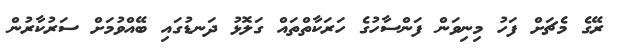
ރޭގެ މެޗަށް ފަހު މިނިވަން ފަންސާހުގެ ހަރަކާތްތައް ގަލޮޅު ދަނޑުގައި ބޭއްވުމަށް ސަރުކާރުން